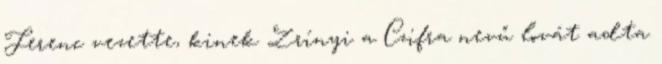
Ferenc vezette, kinek Zrínyi a Czifra nevű lovát adta